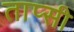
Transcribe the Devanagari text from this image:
ताप्सी